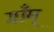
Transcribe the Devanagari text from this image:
गाँम्